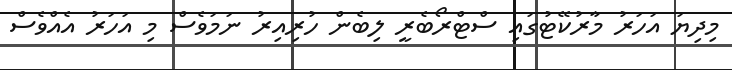
މިދިޔަ އަހަރު މާރުކޭޓުގައި ސްޓްރޯބެރީ ލިބެން ހުރިއިރު ނަމަވެސް މި އަހަރު އެއްވެސް